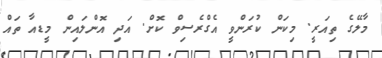
މާލޭގެ ތިއަރީ. މިކަން ކުރަންވީ އެގްރެސިވް ކޮށް. އަދި އޮންލައިން މީޑއާ ތައް